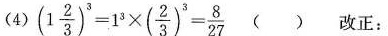
(4) $$(1 \frac { 2 } { 3 } ) ^ { 3 } = 1 ^ { 3 } \times ( \frac { 2 } { 3 } ) ^ { 3 } = \frac { 8 } { 2 7 }$$ ( ) 改正：